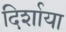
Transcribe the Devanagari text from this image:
दिर्शाया